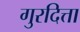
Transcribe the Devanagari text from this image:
गुरदित्ता